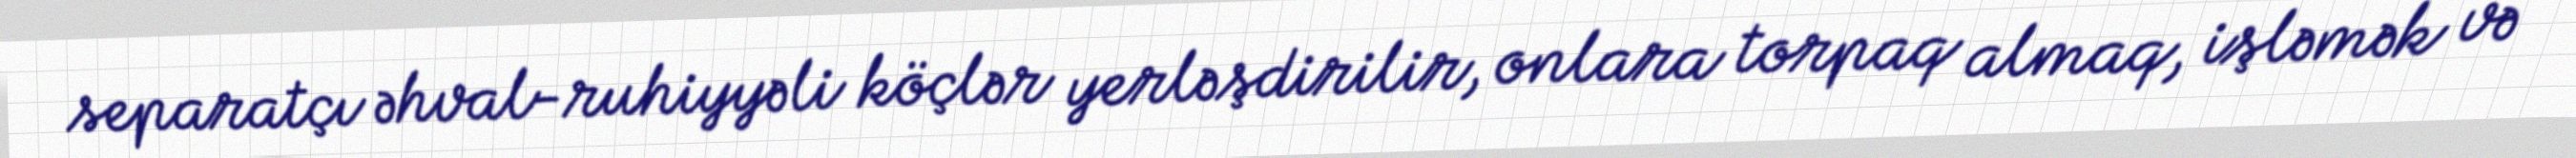
separatçı əhval-ruhiyyəli köçlər yerləşdirilir, onlara torpaq almaq, işləmək və